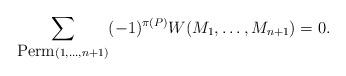
LaTeX: \begin{align*}\sum_{\hbox{Perm}(1,\dots,n+1)}(-1)^{\pi(P)}W(M_1,\dots,M_{n+1})=0.\end{align*}